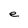
Character: e